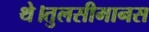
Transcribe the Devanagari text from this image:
थे।तुलसीमानस